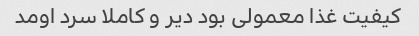
کیفیت غذا معمولی بود دیر و کاملا سرد اومد